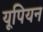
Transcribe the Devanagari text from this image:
यूपियन